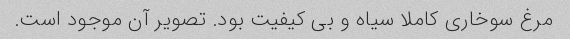
مرغ سوخاری کاملا سیاه و بی کیفیت بود. تصویر آن موجود است.